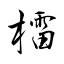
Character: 檑